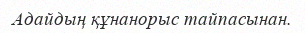
Адайдың құнанорыс тайпасынан.